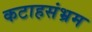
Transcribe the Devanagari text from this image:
कटाहसंभ्रम